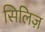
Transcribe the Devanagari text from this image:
सिलिज़